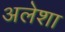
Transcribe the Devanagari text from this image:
अलेशा